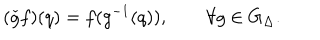
( \check { g } f ) ( q ) = f ( g ^ { - 1 } ( q ) ) , \qquad \forall g \in G _ { \Delta } .